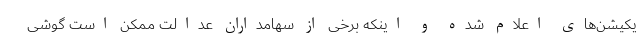
یکیشن‌های اعلام شده و اینکه برخی از سهامداران عدالت ممکن است گوشی